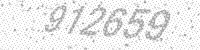
Solution: 912659